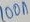
Text: 100n